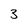
Character: 3